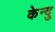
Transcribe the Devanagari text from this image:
केन्दु